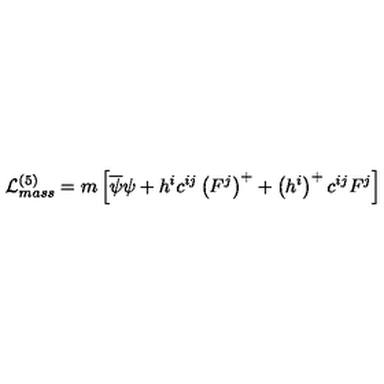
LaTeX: { \cal L } _ { m a s s } ^ { ( 5 ) } = m \left[ \overline { { \psi } } \psi + h ^ { i } c ^ { i j } \left( F ^ { j } \right) ^ { + } + \left( h ^ { i } \right) ^ { + } c ^ { i j } F ^ { j } \right]